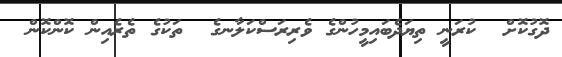
ދޮގުކޮށް  ކުރަނީ ތިޔަދެބައިމީހުންގެ ވެރިރަސްކަލާނގެ  ތަކުގެ ތެރެއިން ކޮންކޮން